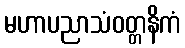
မဟာပညာသံဝတ္တနိကံ